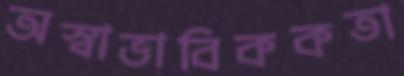
অস্বাভাবিককতা